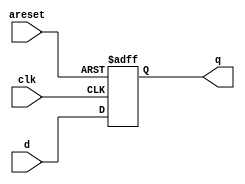
module top_module (
    input clk,
    input areset,
    input [7:0] d,
    output reg [7:0] q
);

always @(posedge clk or posedge areset)
    if (areset) q <= 0;
    else q <= d;

endmodule